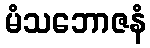
မံသဘောဇနံ